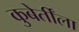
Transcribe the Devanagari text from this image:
कुबेर्तींला